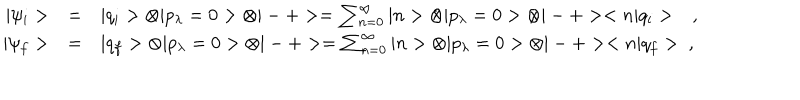
LaTeX: \begin{array} { r c l } { { | \psi _ { i } > } } & { { = } } & { { | q _ { i } > \otimes | p _ { \lambda } = 0 > \otimes | - + > = \sum _ { n = 0 } ^ { \infty } | n > \otimes | p _ { \lambda } = 0 > \otimes | - + > < n | q _ { i } > \ \ \ , } } \\ { { | \psi _ { f } > } } & { { = } } & { { | q _ { f } > \otimes | p _ { \lambda } = 0 > \otimes | - + > = \sum _ { n = 0 } ^ { \infty } | n > \otimes | p _ { \lambda } = 0 > \otimes | - + > < n | q _ { f } > \ , } } \\ \end{array}